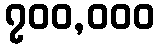
၇၀၀,၀၀၀